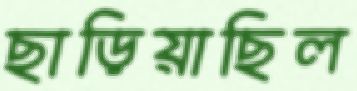
ছাড়িয়াছিল